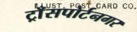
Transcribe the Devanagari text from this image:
ट्राँसपोर्टनगर